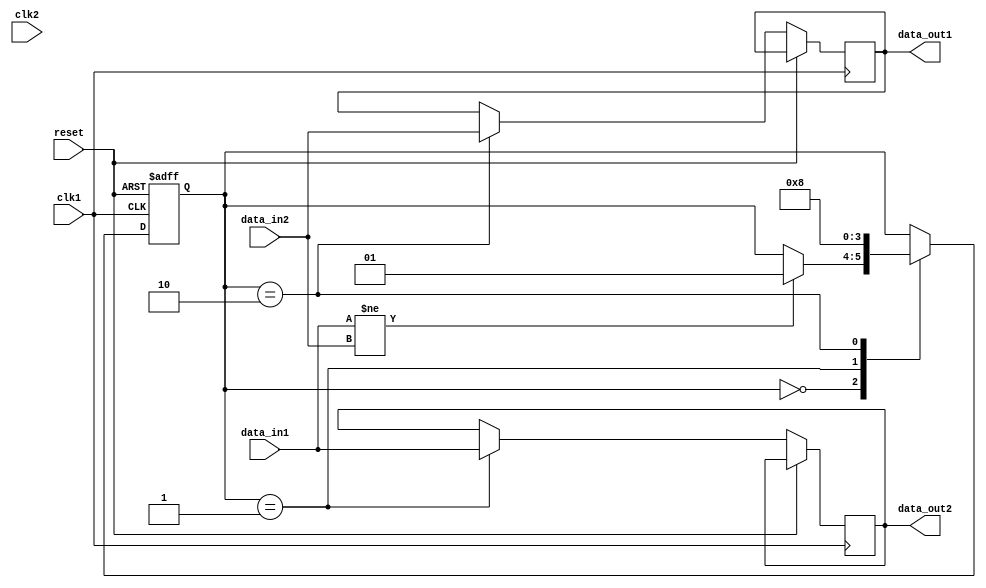
module timing_control_and_sync (
    input wire clk1, // input clock domain 1
    input wire clk2, // input clock domain 2
    input wire reset, // reset signal

    input wire data_in1, // input data from clock domain 1
    output reg data_out1, // output data to clock domain 1

    input wire data_in2, // input data from clock domain 2
    output reg data_out2 // output data to clock domain 2
);

reg [1:0] sync_state; // synchronization state

always @(posedge clk1 or posedge reset) begin
    if (reset) begin
        sync_state <= 2'b00; // reset synchronization state
    end else begin
        case (sync_state)
            2'b00: begin // idle state
                if (data_in1 != data_in2) begin
                    sync_state <= 2'b01; // move to synchronization state
                end
            end
            
            2'b01: begin // synchronization state
                // synchronize and transfer data from clock domain 1 to clock domain 2
                data_out2 <= data_in1;
                sync_state <= 2'b10; // move to transfer state
            end
            
            2'b10: begin // transfer state
                // synchronize and transfer data from clock domain 2 to clock domain 1
                data_out1 <= data_in2;
                sync_state <= 2'b00; // move back to idle state
            end
        endcase
    end
end

endmodule